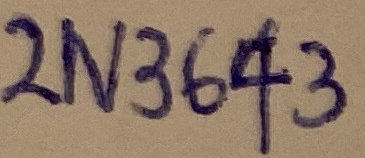
Text: 2N3643